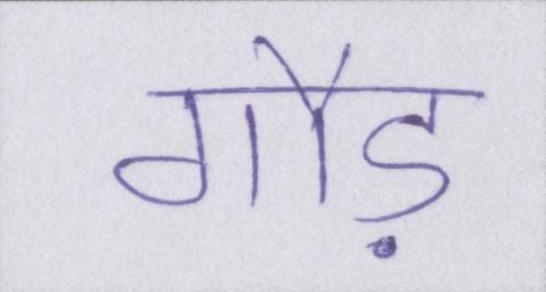
गौड़